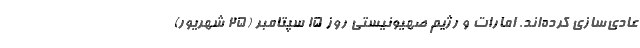
عادی‌سازی کرده‌اند. امارات و رژیم صهیونیستی روز ۱۵ سپتامبر (۲۵ شهریور)